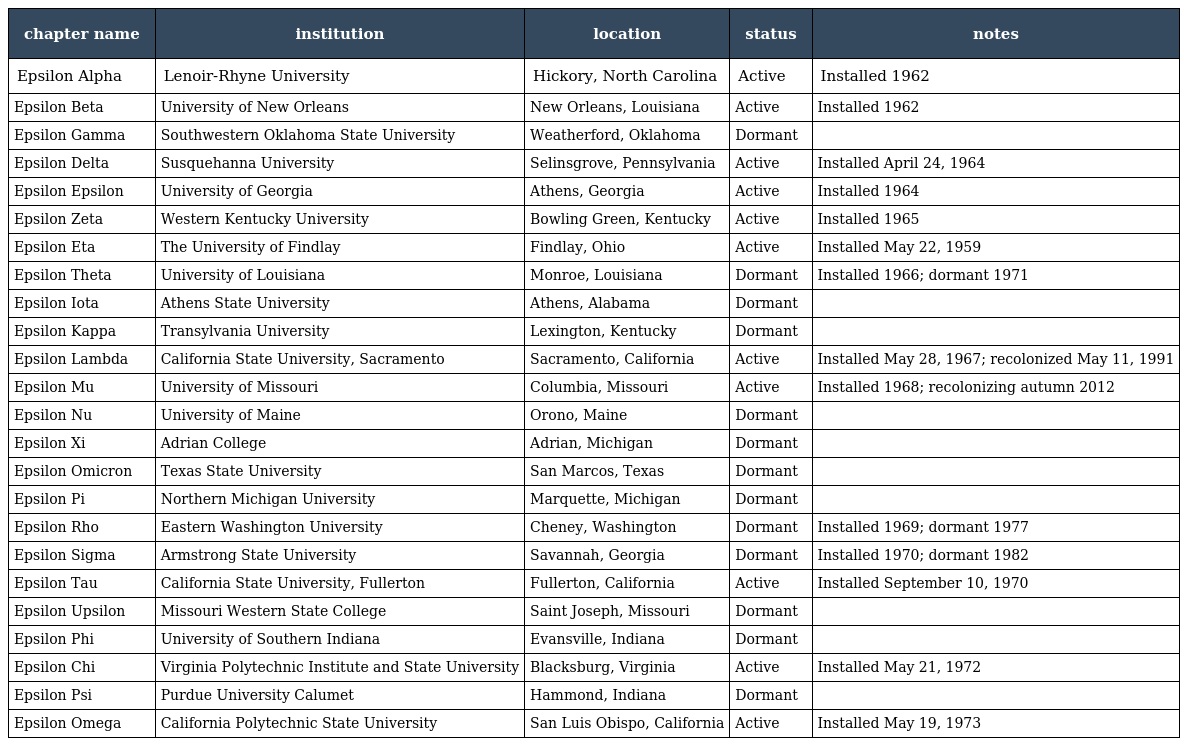
| chapter name | institution | location | status | notes |
 | --- | --- | --- | --- | --- |
 | Epsilon Alpha | Lenoir-Rhyne University | Hickory, North Carolina | Active | Installed 1962 |
 | Epsilon Beta | University of New Orleans | New Orleans, Louisiana | Active | Installed 1962 |
 | Epsilon Gamma | Southwestern Oklahoma State University | Weatherford, Oklahoma | Dormant |  |
 | Epsilon Delta | Susquehanna University | Selinsgrove, Pennsylvania | Active | Installed April 24, 1964 |
 | Epsilon Epsilon | University of Georgia | Athens, Georgia | Active | Installed 1964 |
 | Epsilon Zeta | Western Kentucky University | Bowling Green, Kentucky | Active | Installed 1965 |
 | Epsilon Eta | The University of Findlay | Findlay, Ohio | Active | Installed May 22, 1959 |
 | Epsilon Theta | University of Louisiana | Monroe, Louisiana | Dormant | Installed 1966; dormant 1971 |
 | Epsilon Iota | Athens State University | Athens, Alabama | Dormant |  |
 | Epsilon Kappa | Transylvania University | Lexington, Kentucky | Dormant |  |
 | Epsilon Lambda | California State University, Sacramento | Sacramento, California | Active | Installed May 28, 1967; recolonized May 11, 1991 |
 | Epsilon Mu | University of Missouri | Columbia, Missouri | Active | Installed 1968; recolonizing autumn 2012 |
 | Epsilon Nu | University of Maine | Orono, Maine | Dormant |  |
 | Epsilon Xi | Adrian College | Adrian, Michigan | Dormant |  |
 | Epsilon Omicron | Texas State University | San Marcos, Texas | Dormant |  |
 | Epsilon Pi | Northern Michigan University | Marquette, Michigan | Dormant |  |
 | Epsilon Rho | Eastern Washington University | Cheney, Washington | Dormant | Installed 1969; dormant 1977 |
 | Epsilon Sigma | Armstrong State University | Savannah, Georgia | Dormant | Installed 1970; dormant 1982 |
 | Epsilon Tau | California State University, Fullerton | Fullerton, California | Active | Installed September 10, 1970 |
 | Epsilon Upsilon | Missouri Western State College | Saint Joseph, Missouri | Dormant |  |
 | Epsilon Phi | University of Southern Indiana | Evansville, Indiana | Dormant |  |
 | Epsilon Chi | Virginia Polytechnic Institute and State University | Blacksburg, Virginia | Active | Installed May 21, 1972 |
 | Epsilon Psi | Purdue University Calumet | Hammond, Indiana | Dormant |  |
 | Epsilon Omega | California Polytechnic State University | San Luis Obispo, California | Active | Installed May 19, 1973 |